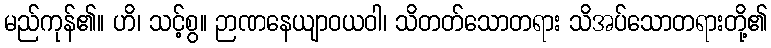
မည်ကုန်၏။ ဟိ၊ သင့်စွ။ ဉာဏနေယျာဝယဝါ၊ သိတတ်သောတရား သိအပ်သောတရားတို့၏